Scottish Certificate of Education, 1962
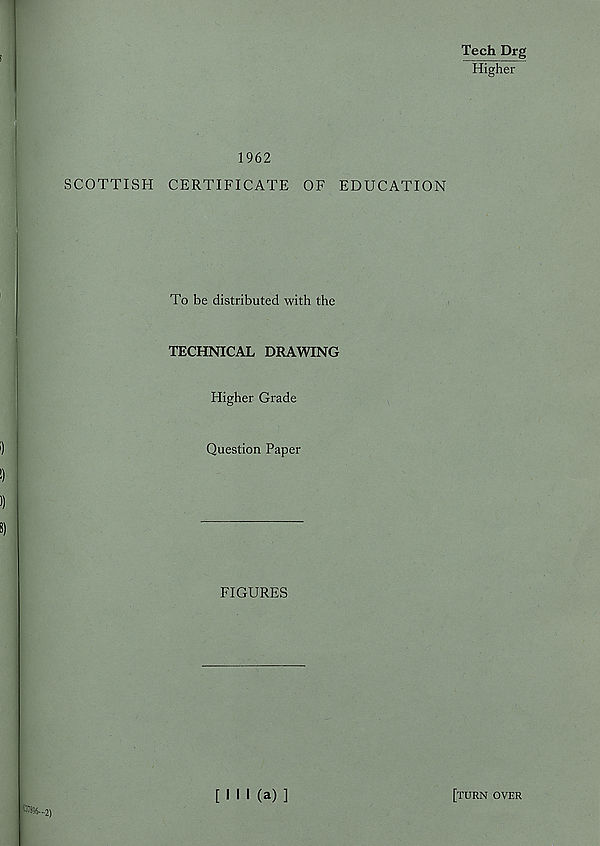
Tech Drg
Higher
SCOTTISH
1962
CERTIFICATE OF EDUCATION
To be distributed with the
TECHNICAL DRAWING
Higher Grade
Question Paper
FIGURES
[ I M (a) ]
[turn over